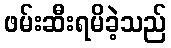
ဖမ်းဆီးရမိခဲ့သည်